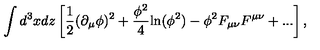
\int d ^ { 3 } x d z \left[ { \frac { 1 } { 2 } } ( \partial _ { \mu } \phi ) ^ { 2 } + { \frac { \phi ^ { 2 } } { 4 } } \mathrm { l n } ( \phi ^ { 2 } ) - \phi ^ { 2 } F _ { \mu \nu } F ^ { \mu \nu } + . . . \right] ,